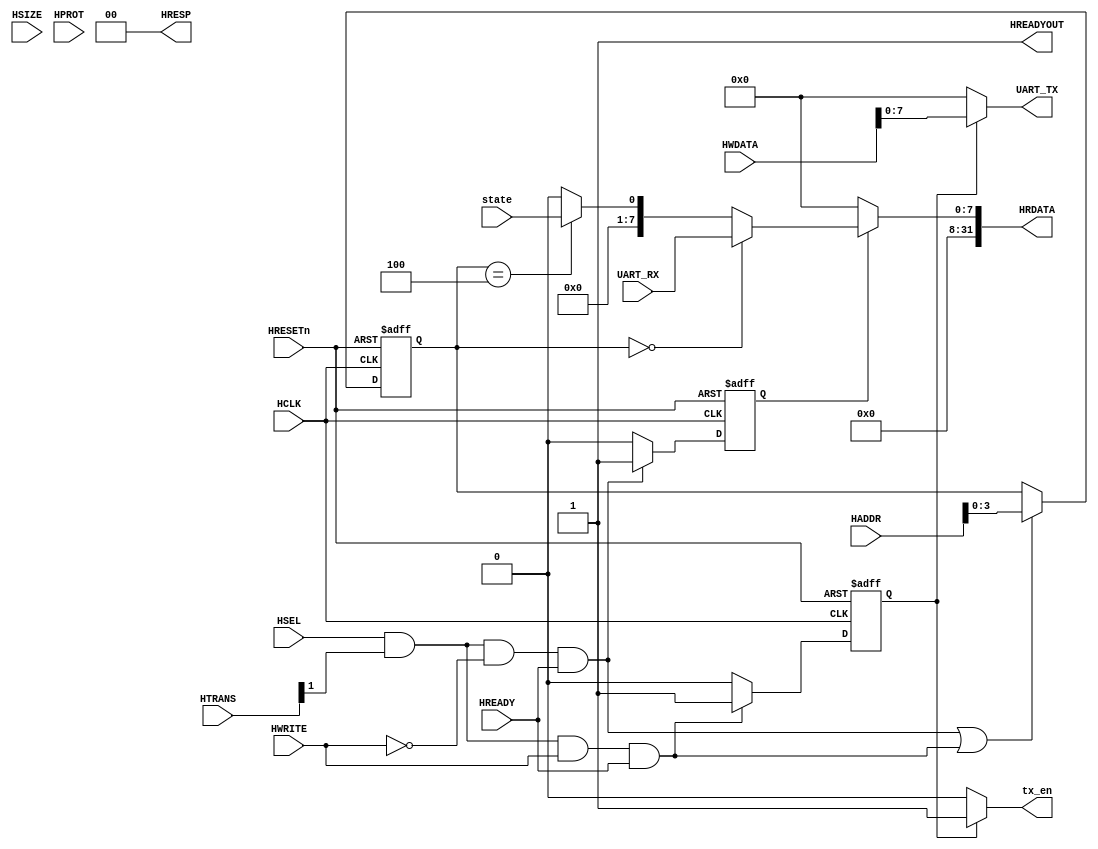
module AHBlite_UART(
    input  wire          HCLK,    
    input  wire          HRESETn, 
    input  wire          HSEL,    
    input  wire   [31:0] HADDR,   
    input  wire    [1:0] HTRANS,  
    input  wire    [2:0] HSIZE,   
    input  wire    [3:0] HPROT,   
    input  wire          HWRITE,  
    input  wire   [31:0] HWDATA,  
    input  wire          HREADY,  
    output wire          HREADYOUT, 
    output reg    [31:0] HRDATA,  
    output wire    [1:0] HRESP,
    input  wire    [7:0] UART_RX,
    input  wire          state,
    output wire          tx_en,
    output wire    [7:0] UART_TX
);

assign HRESP = 2'b0;
assign HREADYOUT = 1'b1;

wire read_en;
assign read_en=HSEL&HTRANS[1]&(~HWRITE)&HREADY;

wire write_en;
assign write_en=HSEL&HTRANS[1]&(HWRITE)&HREADY;

reg [3:0] addr_reg;
always@(posedge HCLK or negedge HRESETn) begin
  if(~HRESETn) addr_reg <= 4'h0;
  else if(read_en || write_en) addr_reg <= HADDR[3:0];
end

reg rd_en_reg;
always@(posedge HCLK or negedge HRESETn) begin
  if(~HRESETn) rd_en_reg <= 1'b0;
  else if(read_en) rd_en_reg <= 1'b1;
  else rd_en_reg <= 1'b0;
end

reg wr_en_reg;
always@(posedge HCLK or negedge HRESETn) begin
  if(~HRESETn) wr_en_reg <= 1'b0;
  else if(write_en) wr_en_reg <= 1'b1;
  else  wr_en_reg <= 1'b0;
end

always@(*) begin
  if(rd_en_reg) begin
    if(addr_reg == 4'h0) HRDATA <= {24'b0,UART_RX};
    else if(addr_reg == 4'h4) HRDATA <= {31'b0,state};
    else HRDATA <= 32'b0;
  end else
    HRDATA <= 32'b0;
end

assign tx_en = wr_en_reg ? 1'b1 : 1'b0;
assign UART_TX = wr_en_reg ? HWDATA[7:0] : 8'b0;


endmodule